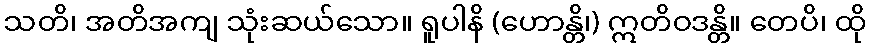
သတိ၊ အတိအကျ သုံးဆယ်သော။ ရူပါနိ (ဟောန္တိ၊) ဣတိဝဒန္တိ။ တေပိ၊ ထို